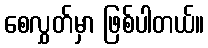
စေလွှတ်မှာ ဖြစ်ပါတယ်။